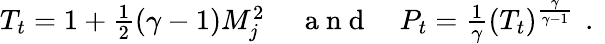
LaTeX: \begin{array}{rlr}{{T_{t}=1+\frac{1}{2}(\gamma-1)M_{j}^{2}\, }}&{{}{\mathrm{~a~n~d~}}}&{{P_{t}=\frac{1}{\gamma}(T_{t})^{\frac{\gamma}{\gamma-1}}\, \mathrm{~.~}}}\end{array}